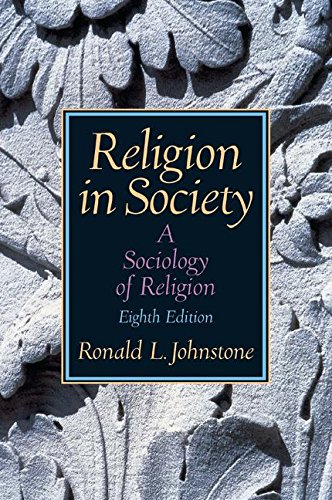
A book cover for Religion in Society: A Sociology of Religion; Ronald L. Johnstone; Religion & Spirituality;